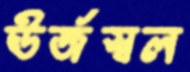
ঊর্জস্বল